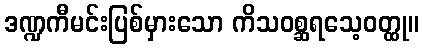
ဒဏ္ဍကီမင်းပြစ်မှားသော ကိသဝစ္ဆရသေ့ဝတ္ထု။